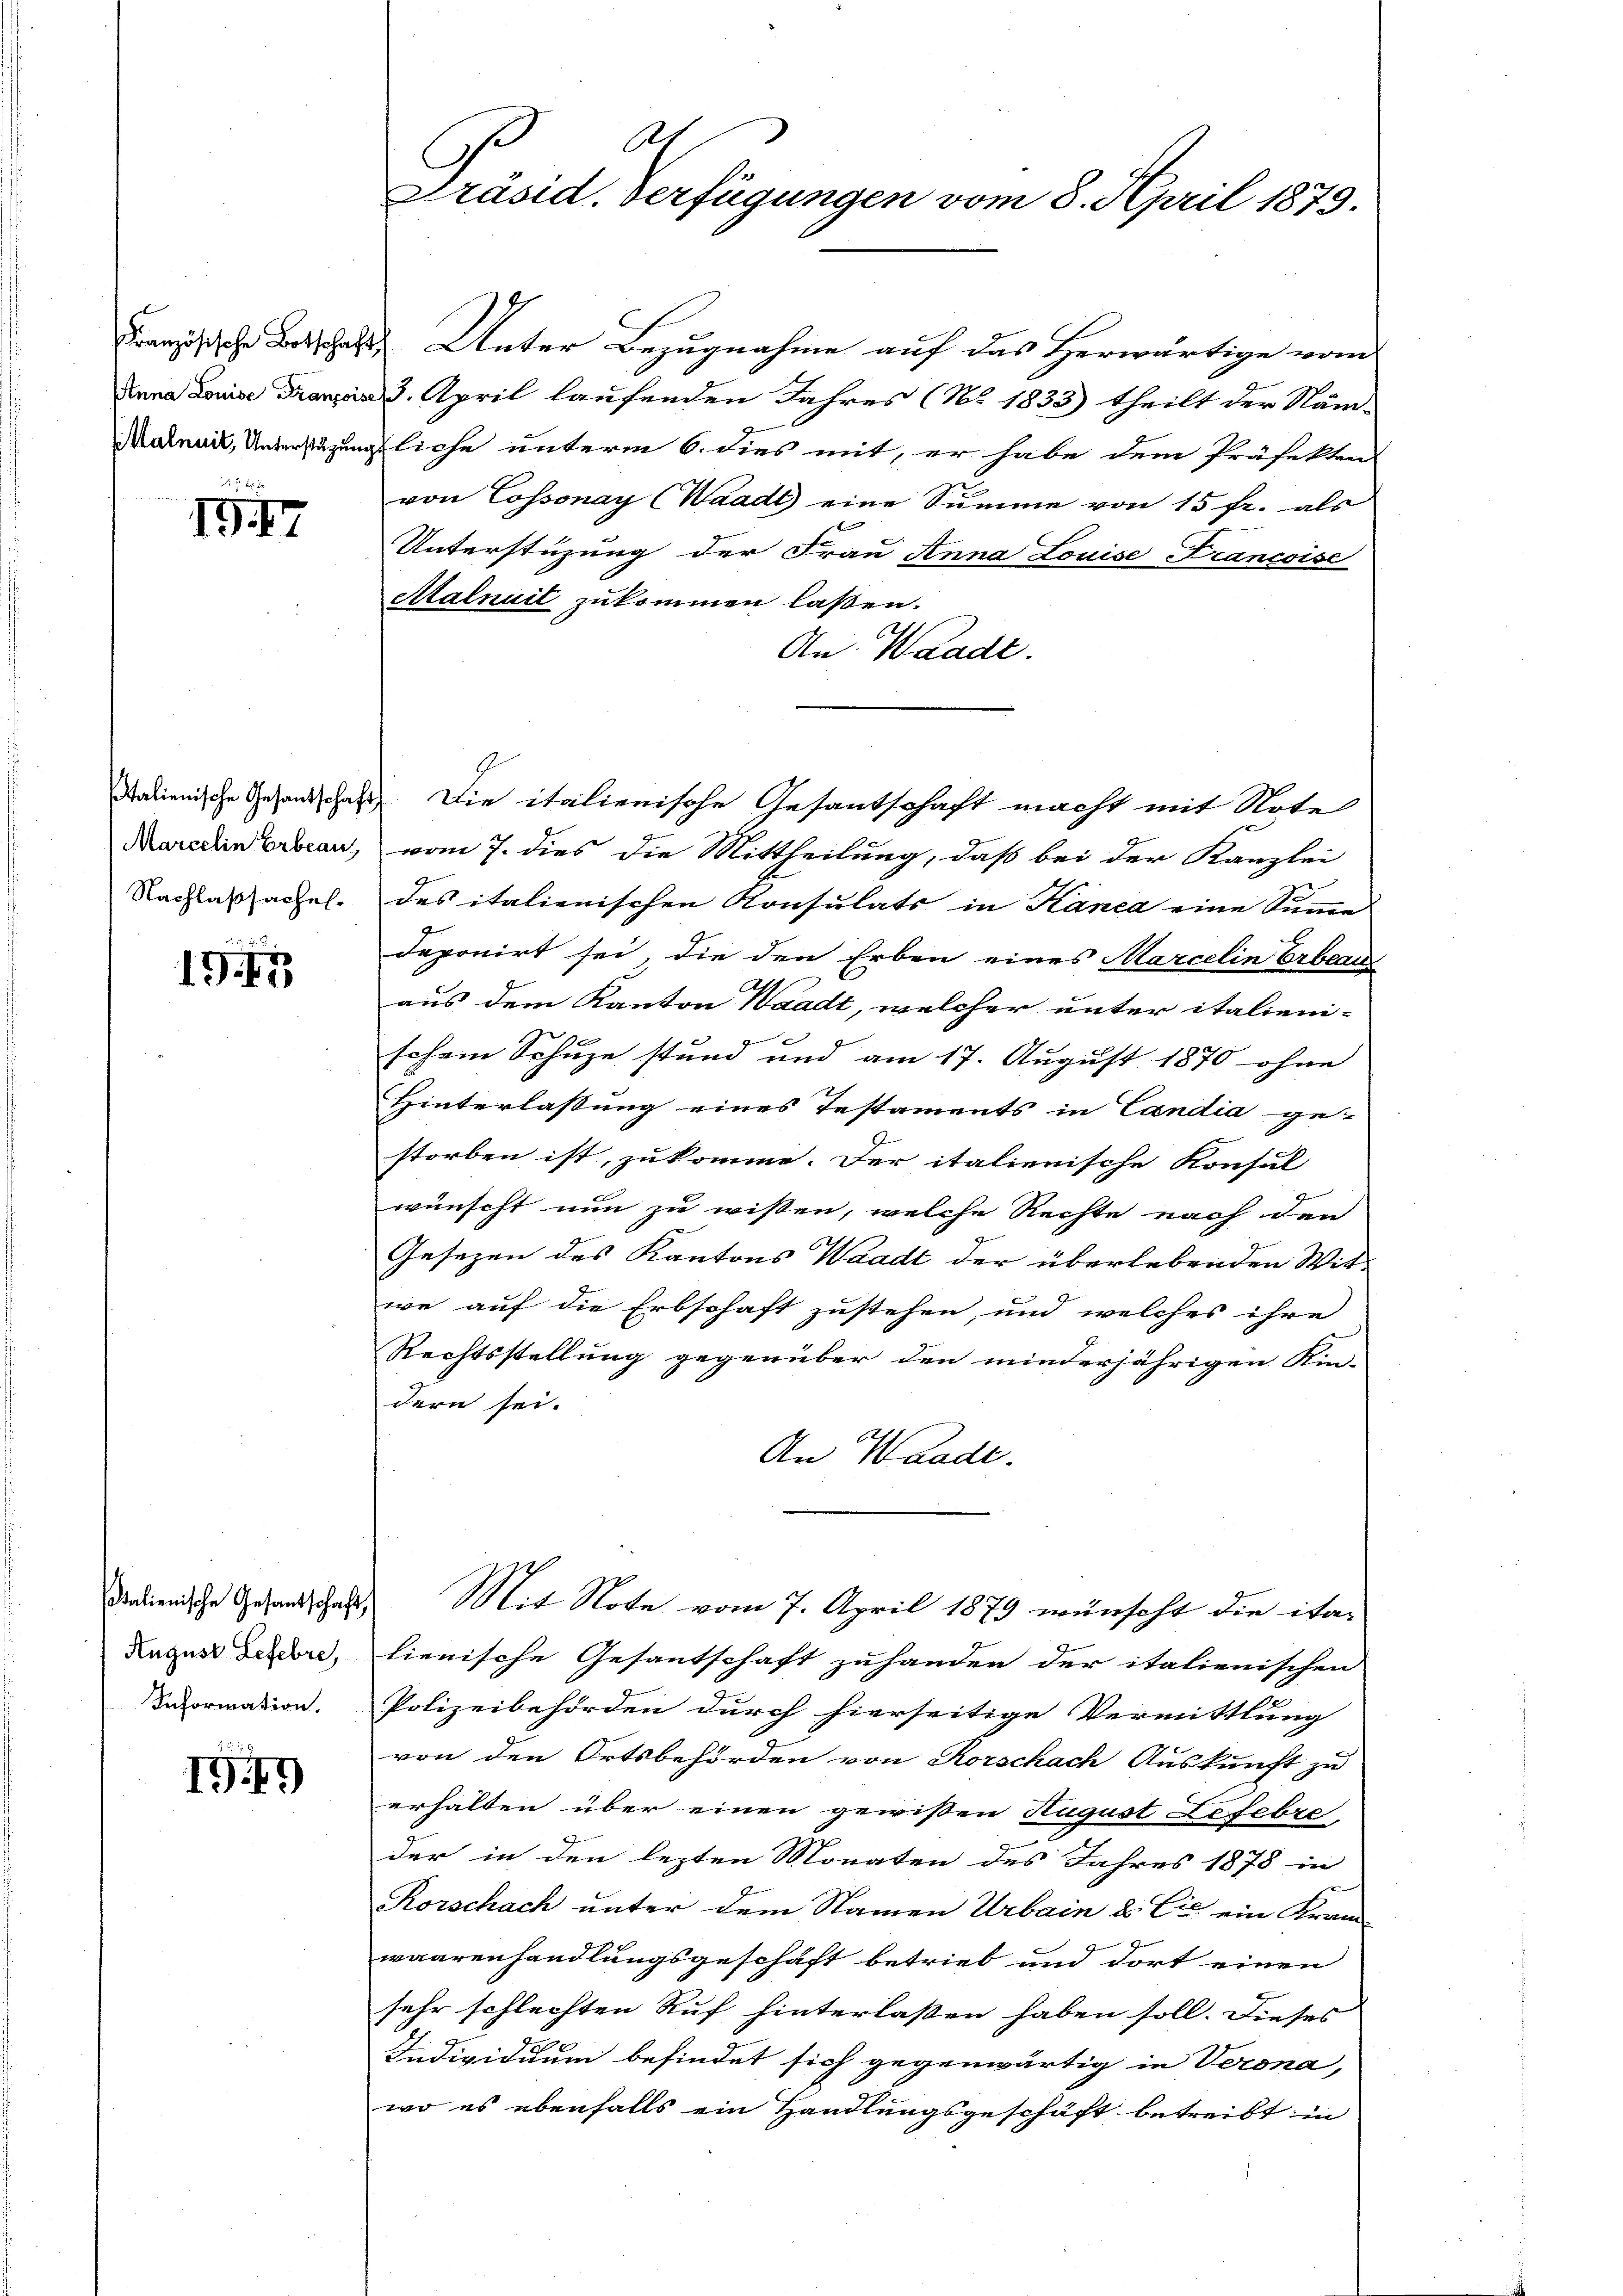
4 x

1917

sitalienische Gesandtschaft
Marcelin Erbeau,
Nachlaßsachel¬

157

talienische Gesantschaft,
August Lefebre
Information.

19

Al
Präsid. Verfügungen vom 8. April 1879.

Französische Betschaft Unter Bezugnahme auf das Herwärtige vom
Diana Louise Franzis 3. April laufenden Jahres (No. 1833) theilt der Näm-
Matnail, Unterstüzungsliche unterm 6. dies mit, er habe dem Präfekten
von Cossonay (Waadt eine Summe von 15 fr. als
Unterstüzung der Frau Anna Louise Francoise
Atalnuit zukommen laßen.
An Waadt.
2
vom 7. dies die Mittheilung, daß bei der Kanzlei
des italienischen Konsulats in Kanca eine Summe
deponirt sei, die den Erben eines Marcelin Erbeau
aus dem Kanton Waadt, welcher unter italieni-
t
schem Schuze stund und am 17. August 1870 ohne
Hinterlassung eines Testaments in Candia ge-
storben ist, zukomme. Der italienische Konsul
wünscht nun zu wissen, welche Rechte nach den
Gesezen des Kantons Waadt der überlebenden Witwe auf die Erbschaft zustehen, und welches ihre
Rechtsstellung gegenüber den minderjährigen Kin-
dern sei.
An Waadt.
Mit Note vom 7. April 1879 wünscht die ita-
lienische Gesantschaft zuhanden der italienischen
Polizeibehörden durch hierseitige Vermittlung
von den Ortsbehörden von Rorschach Auskunft zu
erhalten über einen gewissen August Lefebre
der in den lezten Monaten des Jahres 1878 in
Korschach unter dem Namen Urbain & Cie ein Kram-
waarenhandlungsgeschäft betrieb und dort einen
sehr schlechten Auf hinterlassen haben soll. Dieses
Individuum befindet sich gegenwärtig in Verona,
wo es ebenfalls ein Handlungsgeschäft betreibt in

Die italienische Gesantschaft macht mit Note